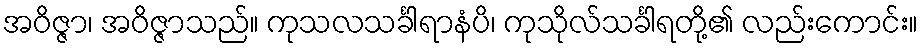
အဝိဇ္ဇာ၊ အဝိဇ္ဇာသည်။ ကုသလသင်္ခါရာနံပိ၊ ကုသိုလ်သင်္ခါရတို့၏ လည်းကောင်း။